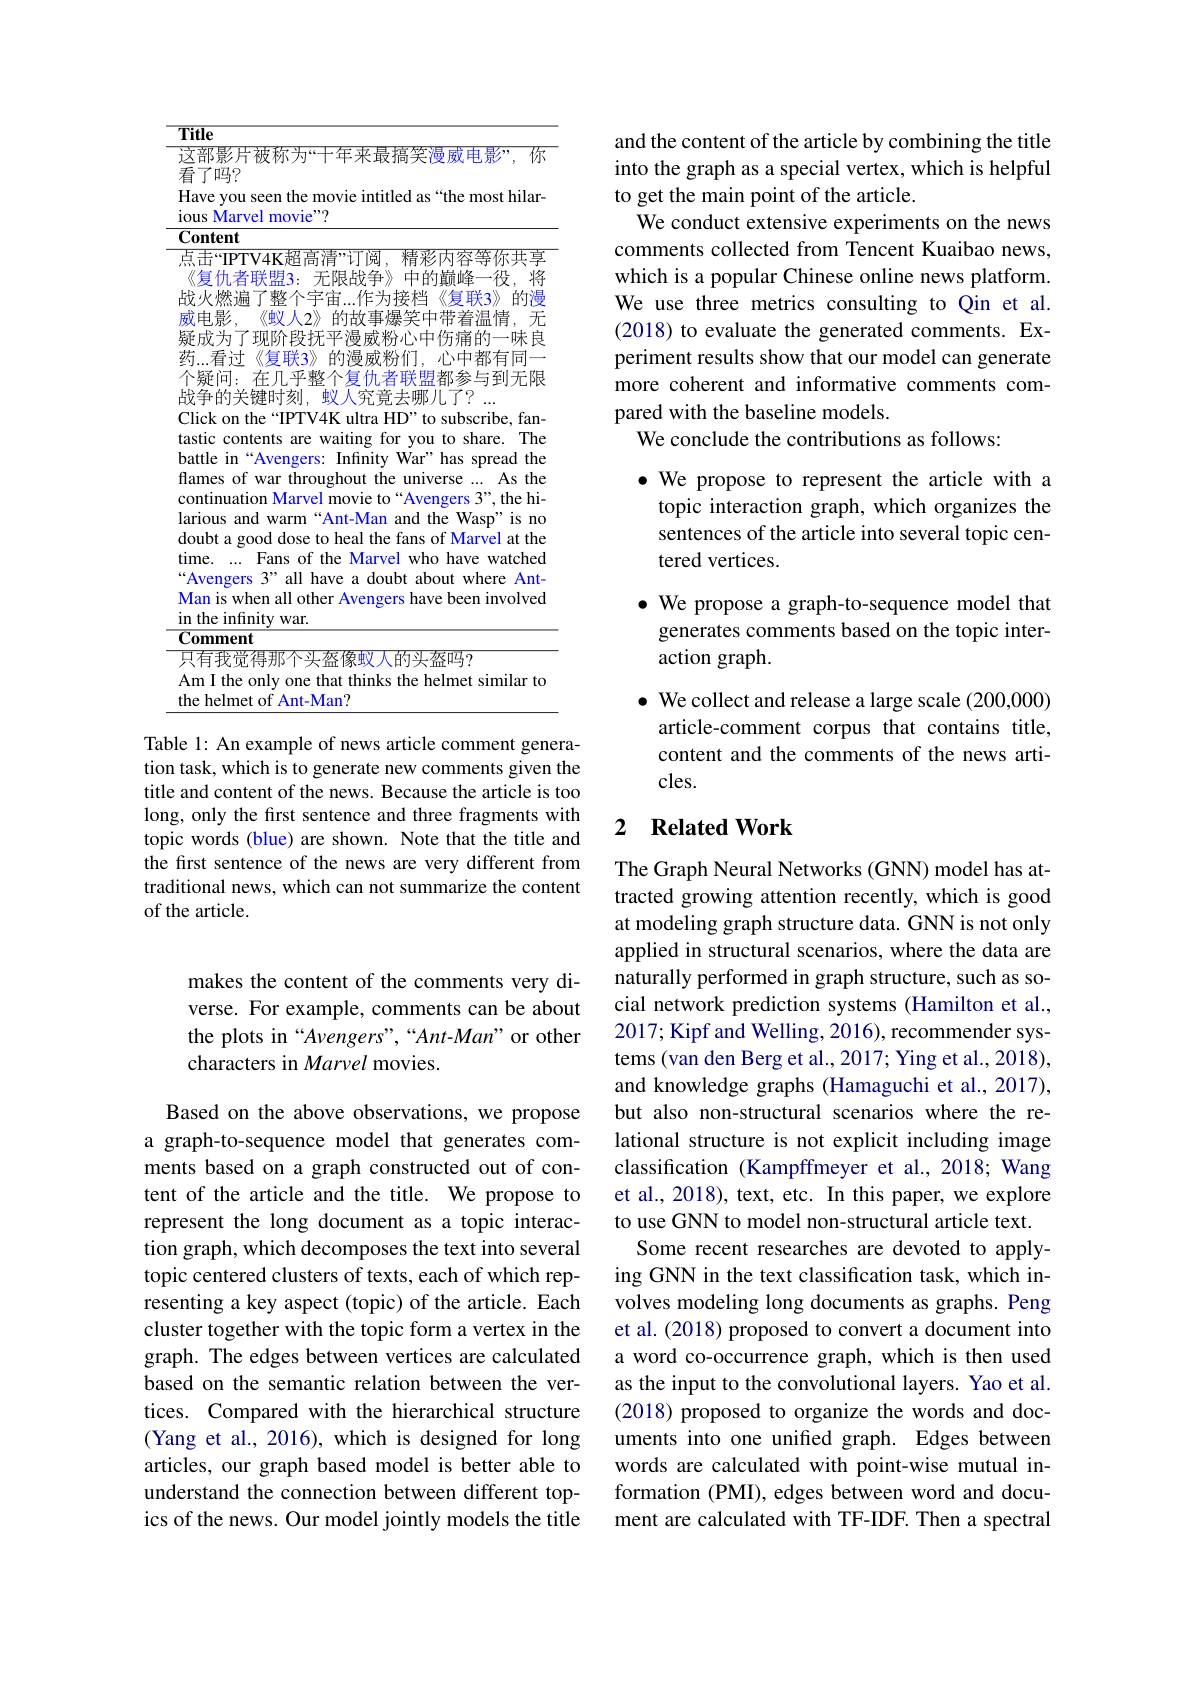
<table>
	<tbody>
		<tr>
			<td>$\mathcal{L}$ </td>
			<td>阝影片被称为“十年来最搞笑漫威电影”,你 '吗？</td>
		</tr>
		<tr>
			<td>$H$ $1C$</td>
			<td>e you seen the movie intitled as “the most hilar- Marvel movie"?</td>
		</tr>
		<tr>
			<td>11 $\mathbb{C}$ la $d$ ti 66 $N$</td>
			<td>war tnrougnour the univ 1 $\mathbf{verse}$ $4N$ inuation Marvel movie to“Avengers 3”, the hi- us and warm $“$Ant-Man and the Wasp" is no ot a good dose to heal the fans of Marvel at the Fans of the Marvel who have watched engers s 3" all have a doubt about where Ant- is when all other Avengers s have been involved</td>
		</tr>
	</tbody>
</table>

Table 1: An example of news article comment generation task, which is to generate new comments given the title and content of the news. Because the article is too long, only the frst sentence and three fragments with topic words (blue) are shown. Note that the title and the first sentence of the news are very different from traditional news, which can not summarize the content of the article.

and the content of the article by combining the title into the graph as a special vertex, which is helpful to get the main point of the article.
We conduct extensive experiments on the news comments collected from Tencent Kuaibao news, which is a popular Chinese online news platform. We use three metrics consulting to Qin et al. (2018) to evaluate the generated comments. Experiment results show that our model can generate more coherent and informative comments compared with the baseline models.
We conclude the contributions as follows:

·We propose to represent the article with a
topic interaction graph, which organizes the sentences of the article into several topic centered vertices.
$\bullet$ We propose a graph-to-sequence model that
generates comments based on the topic inter-
action graph.
$\bullet$ We collect and release a large scale (200,000)
article-comment corpus that contains title, content and the comments of the news articles.

## 2 $\textbf{Related Work}$

The Graph Neural Networks (GNN) model has attracted growing attention recently, which is good at modeling graph structure data. GNN is not only applied in structural scenarios, where the data are naturally performed in graph structure, such as social network prediction systems (Hamilton et al., 2017; Kipf and Welling, 2016), recommender systems (van den Berg et al., 2017; Ying et al., 2018), and knowledge graphs (Hamaguchi et al., 2017), but also non-structural scenarios where the relational structure is not explicit including image classification (Kampffmeyer et al., 2018; Wang et al., 2018), text, etc. In this paper, we explore to use GNN to model non-structural article text.
Some recent researches are devoted to applying GNN in the text classification task, which involves modeling long documents as graphs. Peng et al. (2018) proposed to convert a document into a word co-occurrence graph, which is then used as the input to the convolutional layers. Yao et al. (2018) proposed to organize the words and documents into one unified graph. Edges between words are calculated with point-wise mutual information (PMI), edges between word and document are calculated with TF-IDF. Then a spectral

makes the content of the comments very diverse. For example, comments can be about the plots in “Avengers”,“Ant-Man” or other characters in Marvel movies.

Based on the above observations, we propose a graph-to-sequence model that generates comments based on a graph constructed out of content of the article and the title. We propose to represent the long document as a topic interaction graph, which decomposes the text into several topic centered clusters of texts, each of which representing a key aspect (topic) of the article. Each cluster together with the topic form a vertex in the graph. The edges between vertices are calculated based on the semantic relation between the vertices. Compared with the hierarchical structure (Yang et al., 2016), which is designed for long articles, our graph based model is better able to understand the connection between different topics of the news. Our model jointly models the title